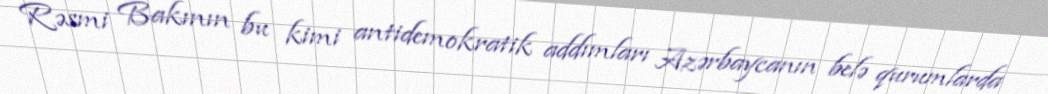
Rəsmi Bakının bu kimi antidemokratik addımları Azərbaycanın belə qurumlarda